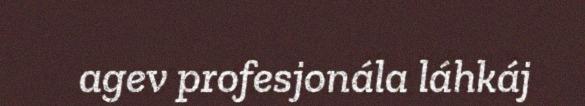
agev profesjonála láhkáj